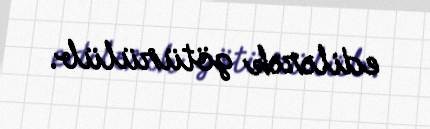
edilərək götürülüb.